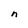
Character: n